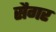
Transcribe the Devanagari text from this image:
सैगर